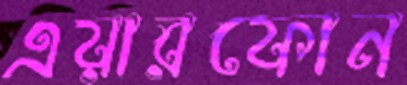
এয়ারফোন